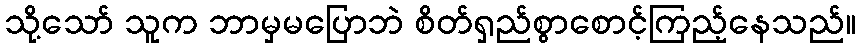
သို့သော် သူက ဘာမှမပြောဘဲ စိတ်ရှည်စွာစောင့်ကြည့်နေသည်။